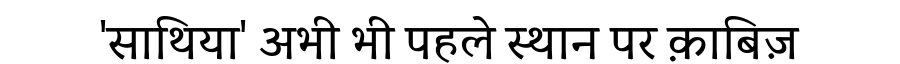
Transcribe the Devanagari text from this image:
'साथिया' अभी भी पहले स्थान पर क़ाबिज़